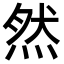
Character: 然